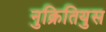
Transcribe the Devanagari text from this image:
नुक्रितियुस